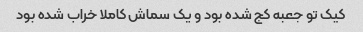
کیک تو جعبه کج شده بود و یک سماش کاملا خراب شده بود